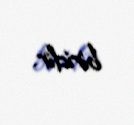
biridir.